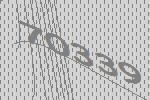
70339